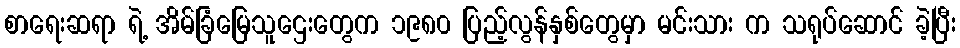
စာရေးဆရာ ရဲ့ အိမ်ခြံမြေသူဌေးတွေက ၁၉၈၀ ပြည့်လွန်နှစ်တွေမှာ မင်းသား က သရုပ်ဆောင် ခဲ့ပြီး